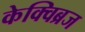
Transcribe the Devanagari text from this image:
केक्विब्रज